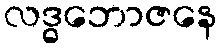
လဒ္ဓဘောဇနေ